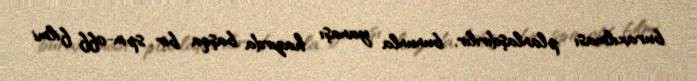
buraxılması planlaşdırılır, bununla yanaşı hazırda başqa bir spin-off filmi